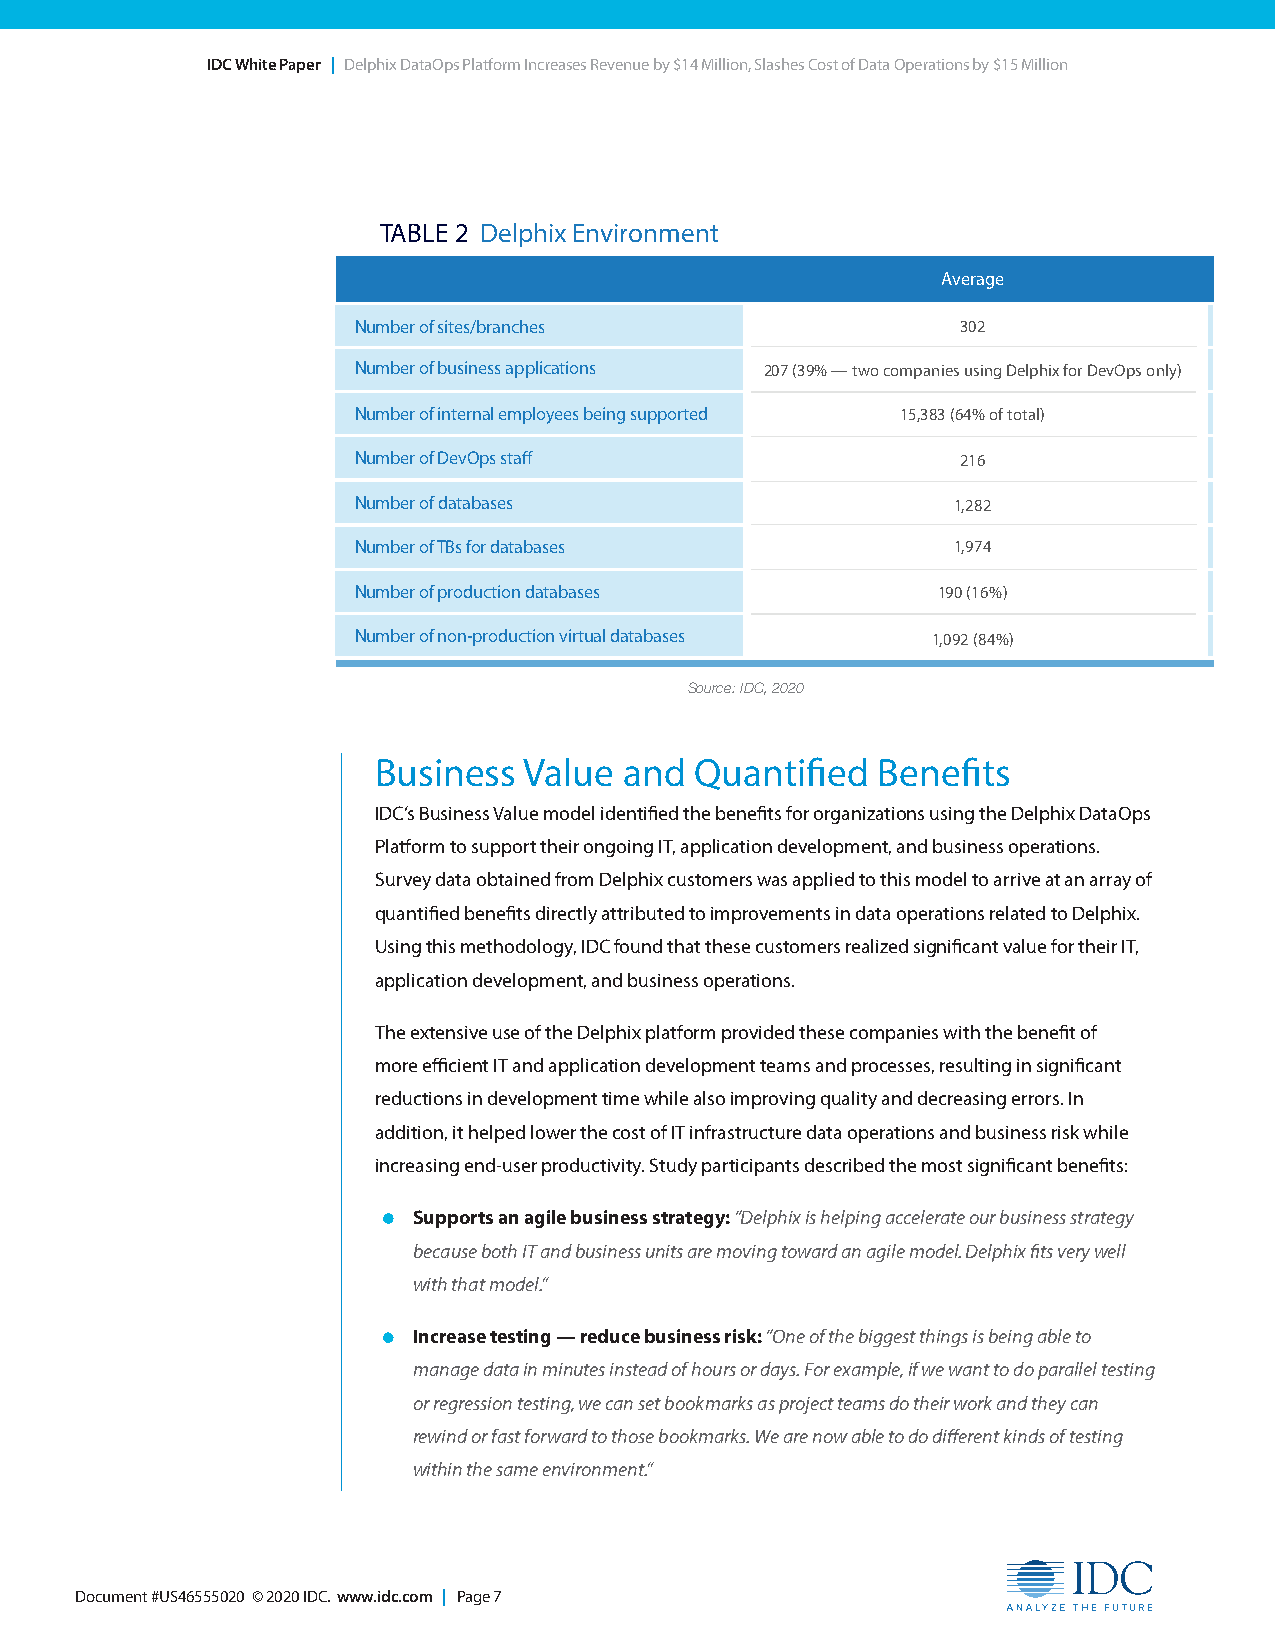
IDC White Paper | Delphix DataOps Platform Increases Revenue by $14 Million, Slashes Cost of Data Operations by $15 Million
 TABLE 2 Delphix Environment
 Average
 Number of sites/branches                 302
 Number of business applications 207 (39% — two companies using Delphix for DevOps only)
 Number of internal employees being supported 15,383 (64% of total)
 Number of DevOps staff                   216
 Number of databases                     1,282
 Number of TBs for databases             1,974
 Number of production databases         190 (16%)
 Number of non-production virtual databases 1,092 (84%)
 Source: IDC, 2020
 Business  Value and  Quantified  Benefits
 IDC’s Business Value model identified the benefits for organizations using the Delphix DataOps
 Platform to support their ongoing IT, application development, and business operations.
 Survey data obtained from Delphix customers was applied to this model to arrive at an array of
 quantified benefits directly attributed to improvements in data operations related to Delphix.
 Using this methodology, IDC found that these customers realized significant value for their IT,
 application development, and business operations.
 The extensive use of the Delphix platform provided these companies with the benefit of
 more efficient IT and application development teams and processes, resulting in significant
 reductions in development time while also improving quality and decreasing errors. In
 addition, it helped lower the cost of IT infrastructure data operations and business risk while
 increasing end-user productivity. Study participants described the most significant benefits:
 • Supports an agile business strategy: “Delphix is helping accelerate our business strategy
 because both IT and business units are moving toward an agile model. Delphix fits very well
 with that model.”
 • Increase testing — reduce business risk: “One of the biggest things is being able to
 manage data in minutes instead of hours or days. For example, if we want to do parallel testing
 or regression testing, we can set bookmarks as project teams do their work and they can
 rewind or fast forward to those bookmarks. We are now able to do different kinds of testing
 within the same environment.”
 Document #US46555020 © 2020 IDC. www.idc.com | Page 7